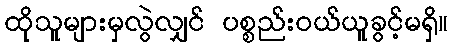
ထိုသူများမှလွဲလျှင် ပစ္စည်းဝယ်ယူခွင့်မရှိ။